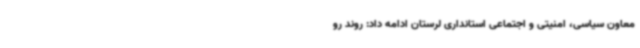
معاون سیاسی، امنیتی و اجتماعی استانداری لرستان ادامه داد: روند رو